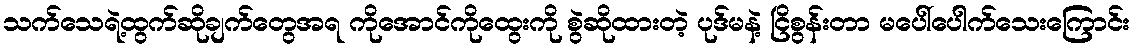
သက်သေရဲ့ထွက်ဆိုချက်တွေအရ ကိုအောင်ကိုထွေးကို စွဲဆိုထားတဲ့ ပုဒ်မနဲ့ ငြိစွန်းတာ မပေါ်ပေါက်သေးကြောင်း